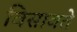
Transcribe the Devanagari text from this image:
विसावते